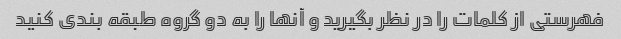
فهرستی از کلمات را در نظر بگیرید و آنها را به دو گروه طبقه بندی کنید